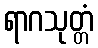
ရာဂသုတ္တံ